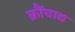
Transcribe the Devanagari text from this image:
क्रौंचाद्य